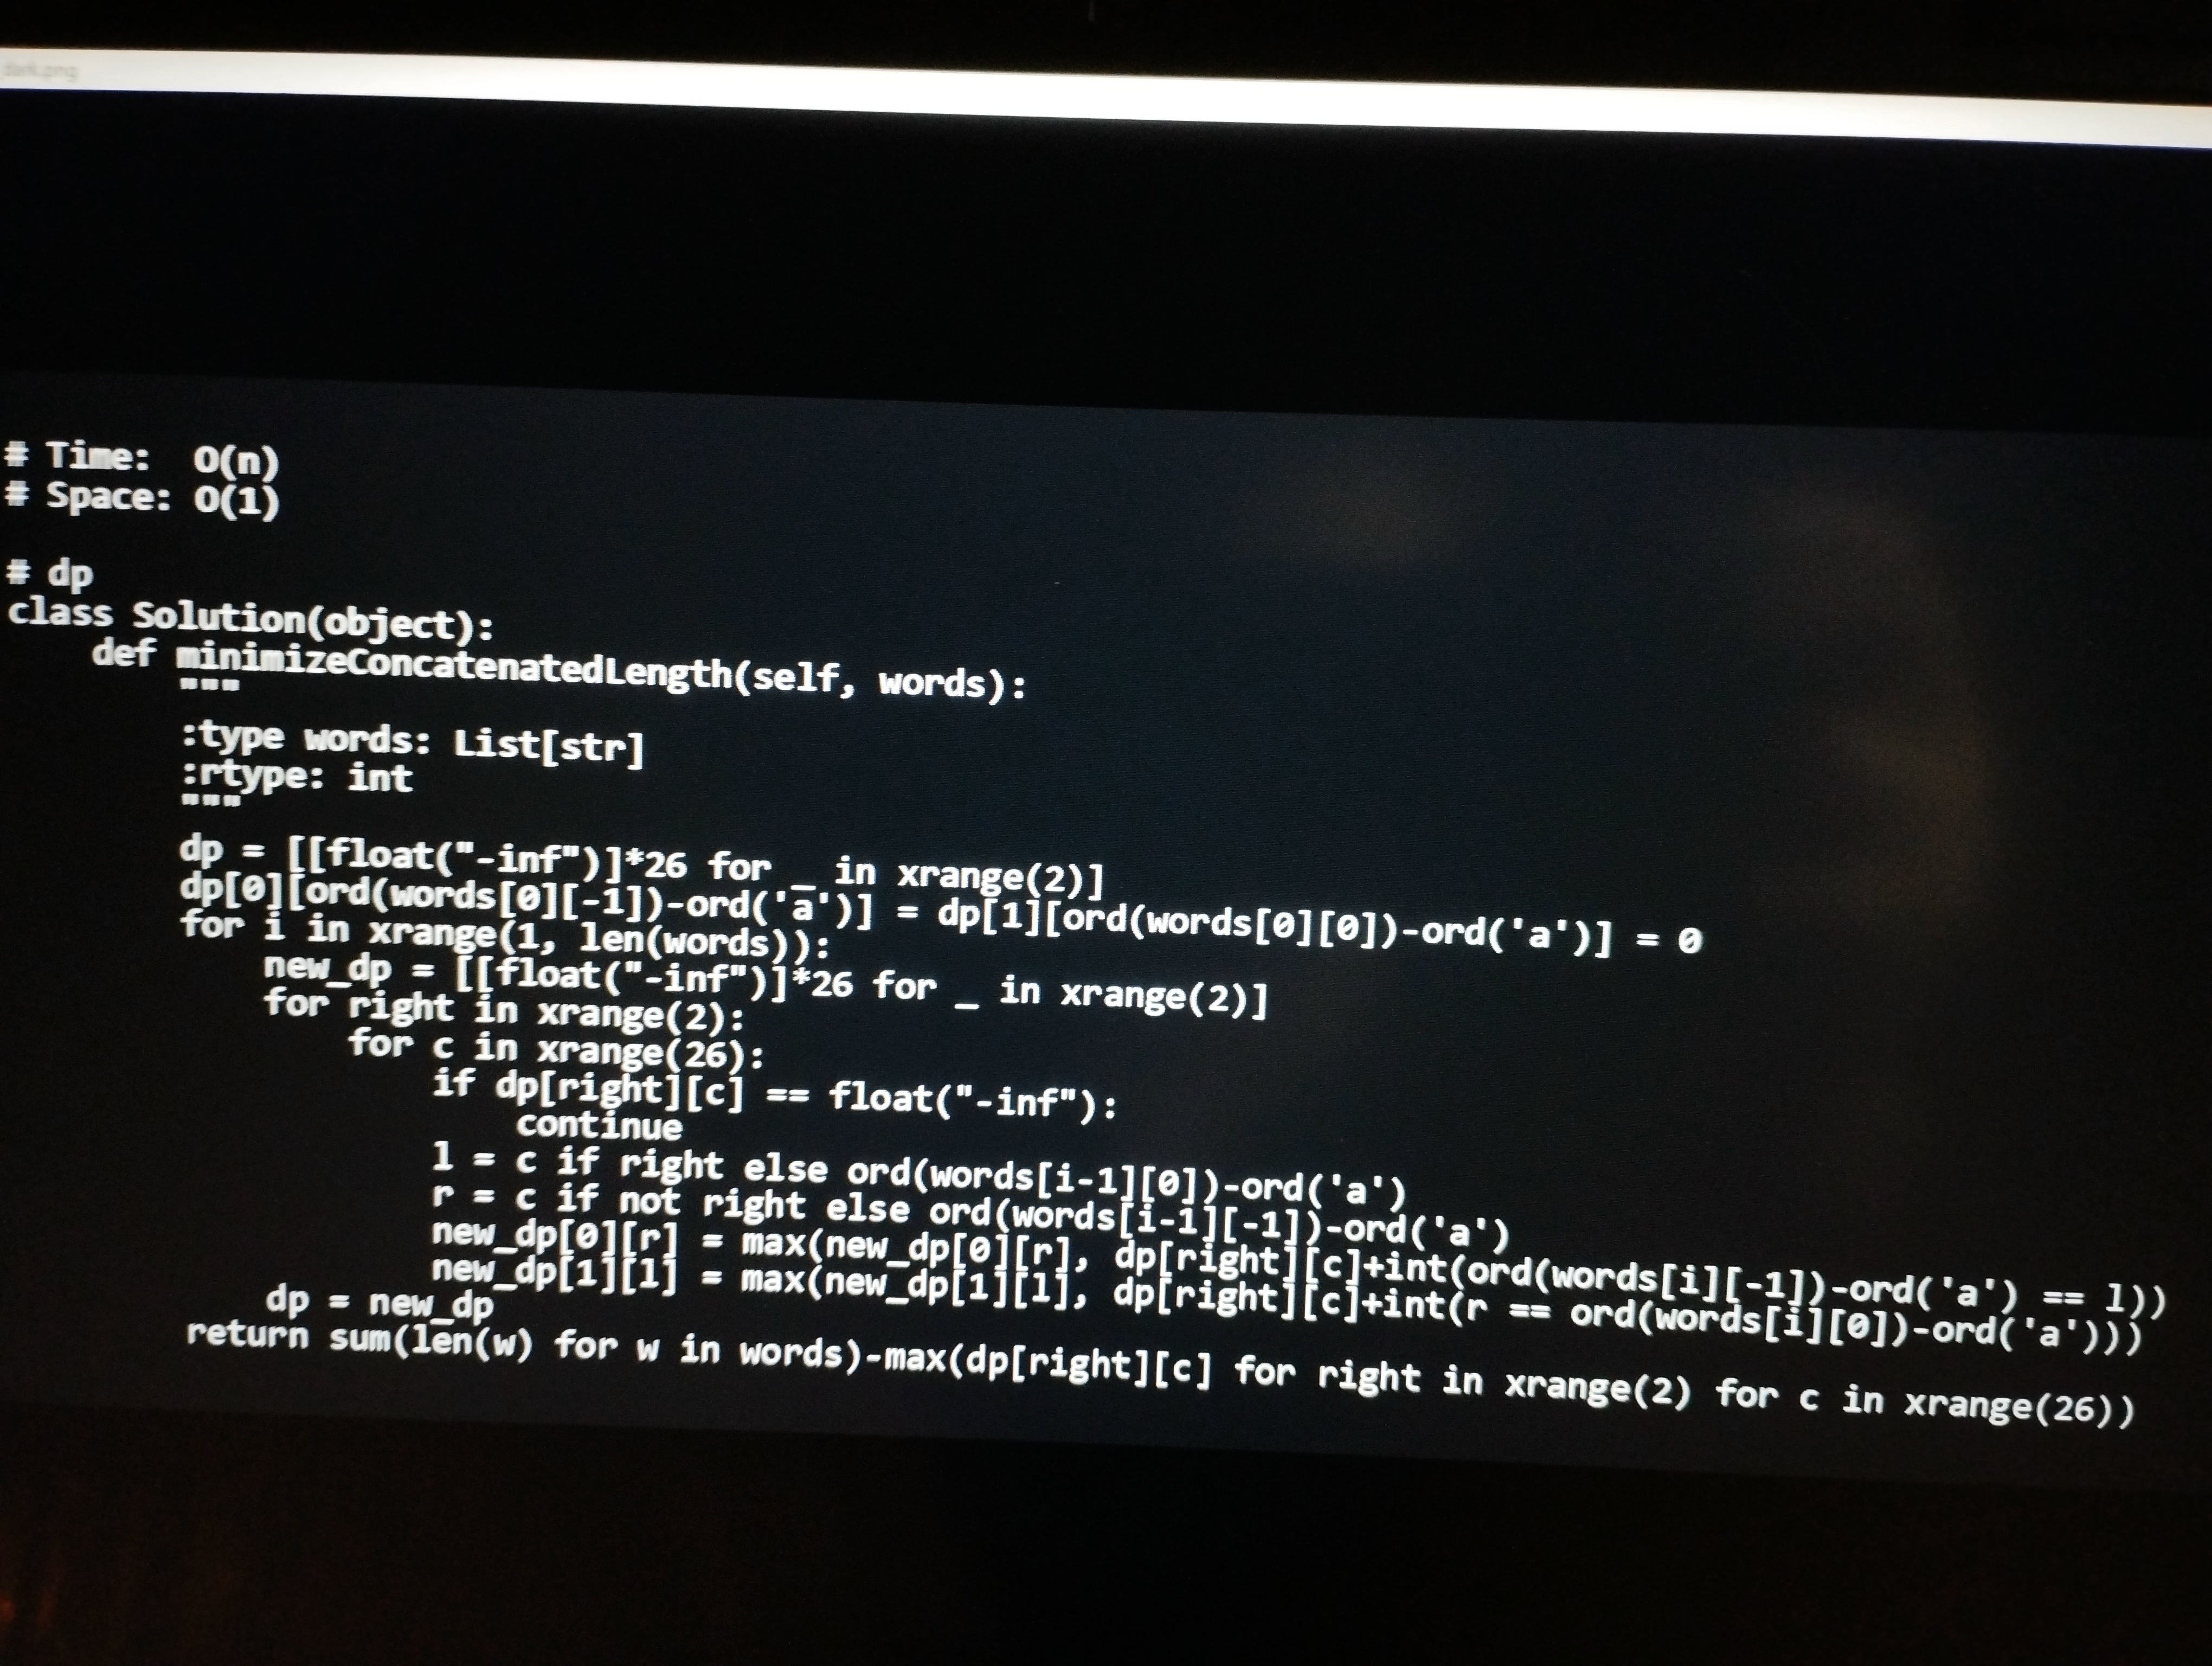
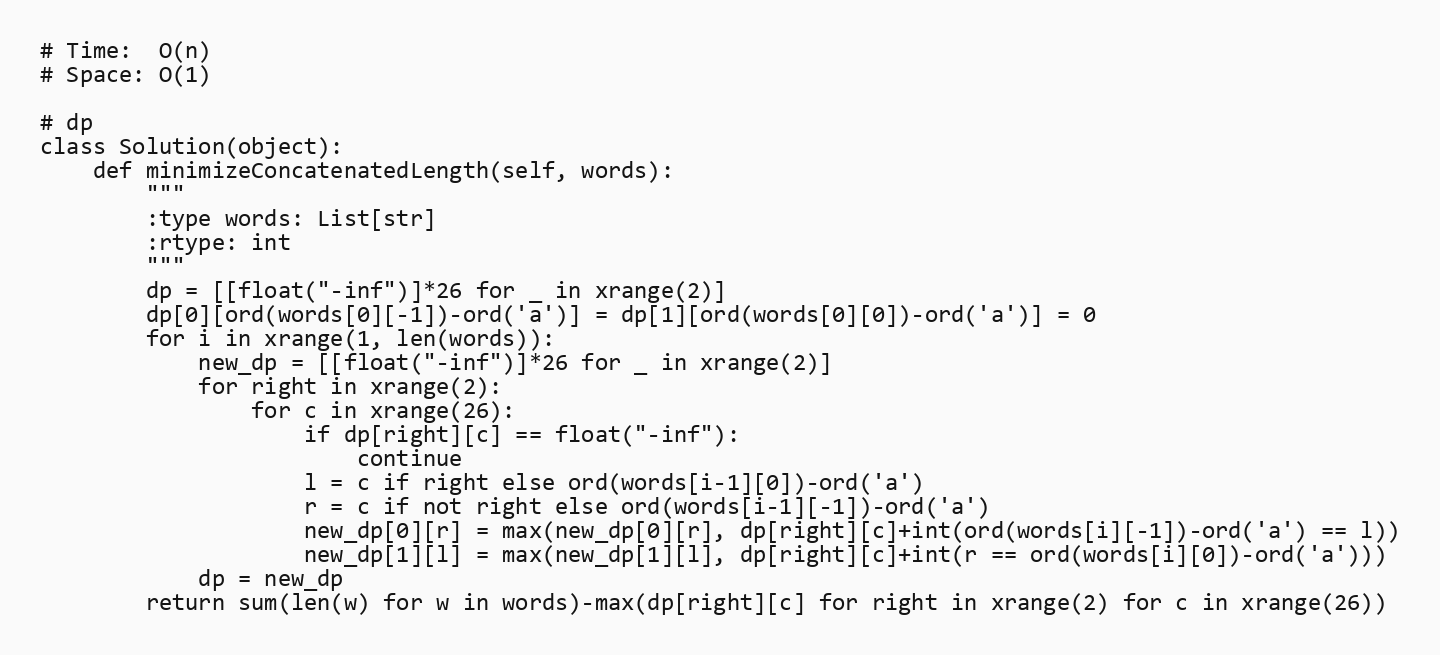
# Time:  O(n)
# Space: O(1)

# dp
class Solution(object):
    def minimizeConcatenatedLength(self, words):
        """
        :type words: List[str]
        :rtype: int
        """
        dp = [[float("-inf")]*26 for _ in xrange(2)]
        dp[0][ord(words[0][-1])-ord('a')] = dp[1][ord(words[0][0])-ord('a')] = 0
        for i in xrange(1, len(words)):
            new_dp = [[float("-inf")]*26 for _ in xrange(2)]
            for right in xrange(2):
                for c in xrange(26):
                    if dp[right][c] == float("-inf"):
                        continue
                    l = c if right else ord(words[i-1][0])-ord('a')
                    r = c if not right else ord(words[i-1][-1])-ord('a')
                    new_dp[0][r] = max(new_dp[0][r], dp[right][c]+int(ord(words[i][-1])-ord('a') == l))
                    new_dp[1][l] = max(new_dp[1][l], dp[right][c]+int(r == ord(words[i][0])-ord('a')))
            dp = new_dp
        return sum(len(w) for w in words)-max(dp[right][c] for right in xrange(2) for c in xrange(26))